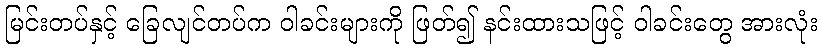
မြင်းတပ်နှင့် ခြေလျင်တပ်က ဝါခင်းများကို ဖြတ်၍ နင်းထားသဖြင့် ဝါခင်းတွေ အားလုံး